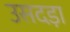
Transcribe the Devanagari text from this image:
उसदड़ा